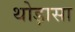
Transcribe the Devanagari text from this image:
थोड़ासा